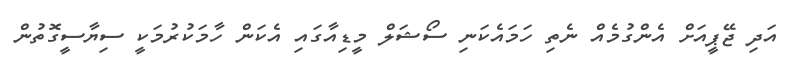
އަދި ޖޭޕީއަށް އެންގުމެއް ނެތި ހަމައެކަނި ސޯޝަލް މީޑިއާގައި އެކަން ހާމަކުރުމަކީ ސިޔާސީގޮތުން